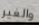
والغير